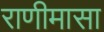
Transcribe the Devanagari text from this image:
राणीमासा